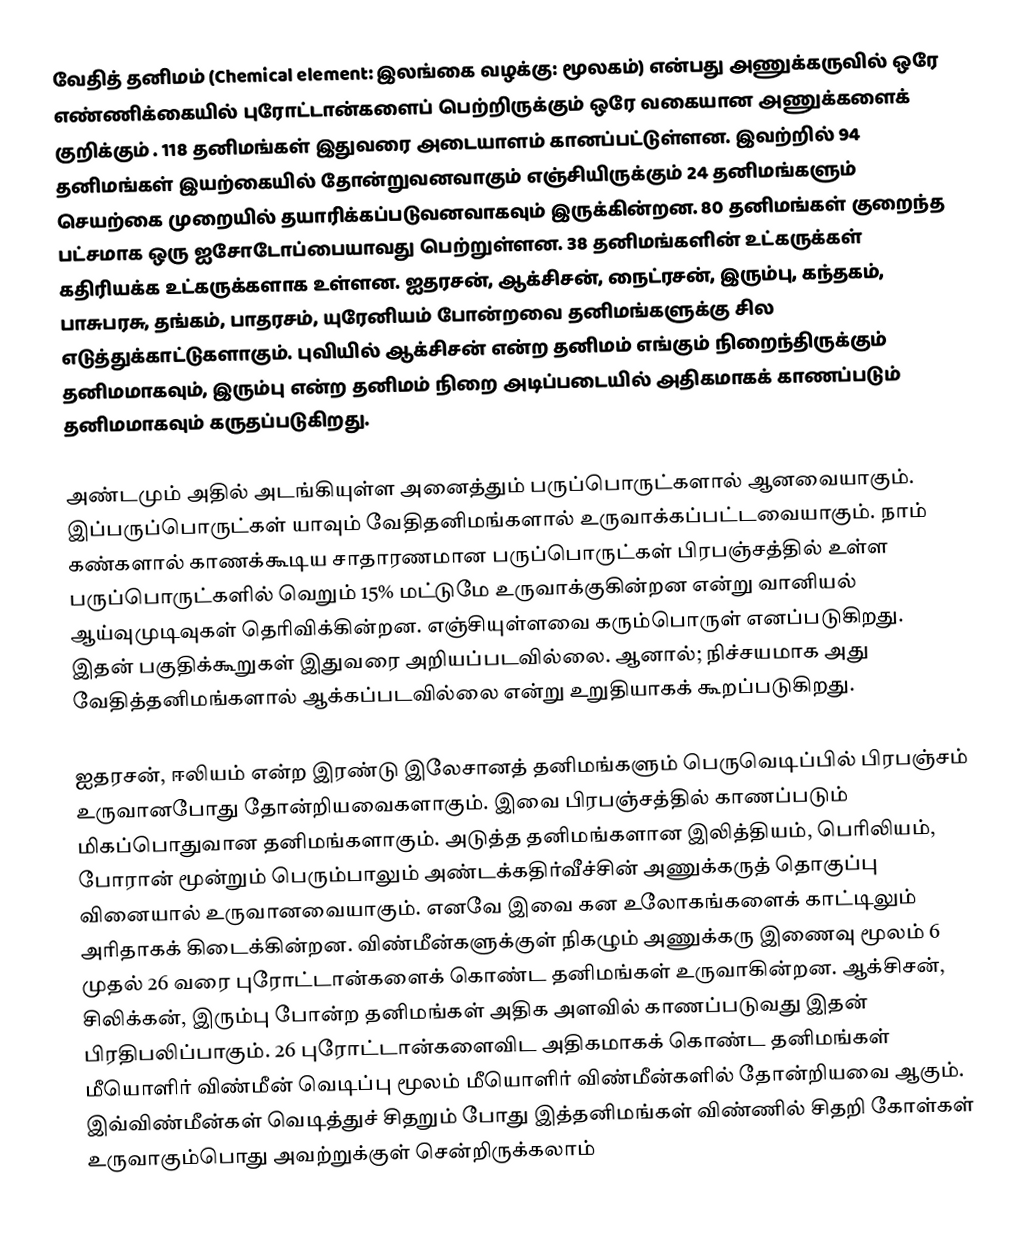
வேதித் தனிமம் (Chemical element: இலங்கை வழக்கு: மூலகம்) என்பது  அணுக்கருவில் ஒரே எண்ணிக்கையில் புரோட்டான்களைப் பெற்றிருக்கும் ஒரே வகையான அணுக்களைக் குறிக்கும் . 118 தனிமங்கள் இதுவரை அடையாளம் கானப்பட்டுள்ளன. இவற்றில் 94 தனிமங்கள் இயற்கையில் தோன்றுவனவாகும் எஞ்சியிருக்கும் 24 தனிமங்களும் செயற்கை முறையில் தயாரிக்கப்படுவனவாகவும் இருக்கின்றன. 80 தனிமங்கள் குறைந்த பட்சமாக ஒரு ஐசோடோப்பையாவது பெற்றுள்ளன. 38 தனிமங்களின் உட்கருக்கள் கதிரியக்க உட்கருக்களாக உள்ளன. ஐதரசன், ஆக்சிசன், நைட்ரசன், இரும்பு, கந்தகம், பாசுபரசு, தங்கம், பாதரசம், யுரேனியம் போன்றவை தனிமங்களுக்கு சில எடுத்துக்காட்டுகளாகும். புவியில் ஆக்சிசன் என்ற தனிமம் எங்கும் நிறைந்திருக்கும் தனிமமாகவும், இரும்பு என்ற தனிமம் நிறை அடிப்படையில் அதிகமாகக் காணப்படும் தனிமமாகவும் கருதப்படுகிறது.

அண்டமும் அதில் அடங்கியுள்ள அனைத்தும் பருப்பொருட்களால் ஆனவையாகும். இப்பருப்பொருட்கள் யாவும் வேதிதனிமங்களால் உருவாக்கப்பட்டவையாகும். நாம் கண்களால் காணக்கூடிய சாதாரணமான பருப்பொருட்கள்  பிரபஞ்சத்தில் உள்ள பருப்பொருட்களில் வெறும் 15% மட்டுமே உருவாக்குகின்றன என்று வானியல் ஆய்வுமுடிவுகள் தெரிவிக்கின்றன. எஞ்சியுள்ளவை கரும்பொருள் எனப்படுகிறது. இதன் பகுதிக்கூறுகள் இதுவரை அறியப்படவில்லை. ஆனால்; நிச்சயமாக அது வேதித்தனிமங்களால் ஆக்கப்படவில்லை என்று உறுதியாகக் கூறப்படுகிறது.

ஐதரசன், ஈலியம் என்ற இரண்டு இலேசானத் தனிமங்களும் பெருவெடிப்பில் பிரபஞ்சம் உருவானபோது தோன்றியவைகளாகும். இவை பிரபஞ்சத்தில் காணப்படும் மிகப்பொதுவான தனிமங்களாகும். அடுத்த தனிமங்களான இலித்தியம், பெரிலியம், போரான் மூன்றும் பெரும்பாலும் அண்டக்கதிர்வீச்சின் அணுக்கருத் தொகுப்பு வினையால் உருவானவையாகும். எனவே இவை கன உலோகங்களைக் காட்டிலும் அரிதாகக் கிடைக்கின்றன. விண்மீன்களுக்குள் நிகழும் அணுக்கரு இணைவு மூலம் 6 முதல் 26 வரை புரோட்டான்களைக் கொண்ட தனிமங்கள் உருவாகின்றன. ஆக்சிசன், சிலிக்கன், இரும்பு போன்ற தனிமங்கள் அதிக அளவில் காணப்படுவது இதன் பிரதிபலிப்பாகும். 26 புரோட்டான்களைவிட அதிகமாகக் கொண்ட தனிமங்கள் மீயொளிர் விண்மீன் வெடிப்பு மூலம் மீயொளிர் விண்மீன்களில் தோன்றியவை ஆகும். இவ்விண்மீன்கள் வெடித்துச் சிதறும் போது இத்தனிமங்கள் விண்ணில் சிதறி கோள்கள் உருவாகும்பொது அவற்றுக்குள் சென்றிருக்கலாம்